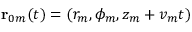
\mathbf { r } _ { 0 m } ( t ) = ( r _ { m } , \phi _ { m } , z _ { m } + v _ { m } t )